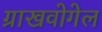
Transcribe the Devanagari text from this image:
ग्राखवोगेल